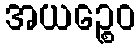
အယဉ္စေဝ